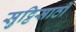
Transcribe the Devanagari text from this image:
सुट्टिसाठी